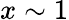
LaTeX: x\sim 1